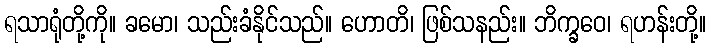
ရသာရုံတို့ကို။ ခမော၊ သည်းခံနိုင်သည်။ ဟောတိ၊ ဖြစ်သနည်း။ ဘိက္ခဝေ၊ ရဟန်းတို့။